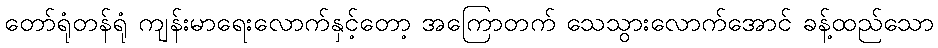
တော်ရုံတန်ရုံ ကျန်းမာရေးလောက်နှင့်တော့ အကြောတက် သေသွားလောက်အောင် ခန့်ထည်သော